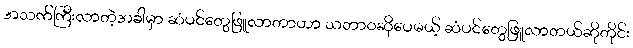
အသက်ကြီးလာတဲ့အခါမှာ ဆံပင်တွေဖြူလာတာဟာ သဘာဝဆိုပေမယ့် ဆံပင်တွေဖြူလာတယ်ဆိုတိုင်း